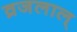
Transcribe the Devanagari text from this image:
व्रजलाल्